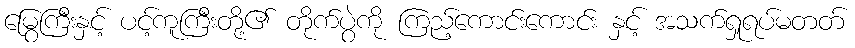
မြွေကြီးနှင့် ပင့်ကူကြီးတို့၏ တိုက်ပွဲကို ကြည့်ကောင်းကောင်း နှင့် အသက်ရှုရပ်မတတ်